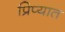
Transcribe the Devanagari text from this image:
प्रिप्यात